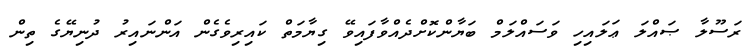
ރަސޫލާ ޞައްލަ ޢަލައިހި ވަސައްލަމް ބަޔާންކޮށްދެއްވާފައިވޭ ގިޔާމަތް ކައިރިވެގެން އަންނައިރު ދުނިޔޭގެ ތިން